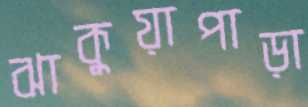
ঝাকুয়াপাড়া